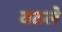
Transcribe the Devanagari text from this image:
वठले